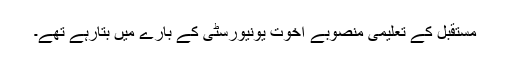
مستقبل کے تعلیمی منصوبے اُخوت یونیورسٹی کے بارے میں بتارہے تھے۔